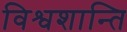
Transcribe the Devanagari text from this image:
विश्वशान्ति